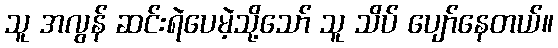
သူ အလွန် ဆင်းရဲပေမဲ့သို့သော် သူ သိပ် ပျော်နေတယ်။